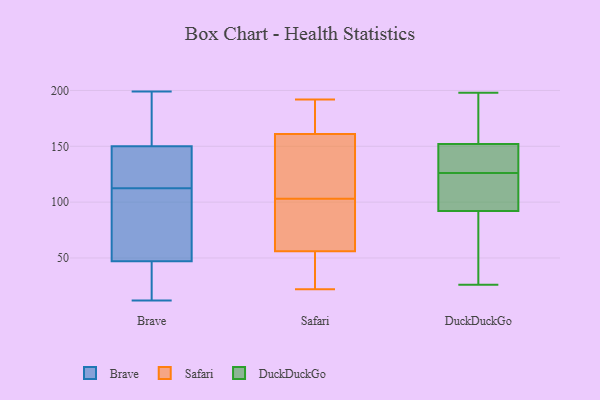
{"axis": {"x": "Revenue (USD Million)", "y": "Value"}, "legend": ["Brave", "DuckDuckGo", "Safari"], "data": [{"x": "", "y": 188, "type": "Brave"}, {"x": "", "y": 117, "type": "Brave"}, {"x": "", "y": 123, "type": "Brave"}, {"x": "", "y": 162, "type": "Brave"}, {"x": "", "y": 161, "type": "Brave"}, {"x": "", "y": 72, "type": "Brave"}, {"x": "", "y": 53, "type": "Brave"}, {"x": "", "y": 196, "type": "Brave"}, {"x": "", "y": 33, "type": "Brave"}, {"x": "", "y": 108, "type": "Brave"}, {"x": "", "y": 139, "type": "Brave"}, {"x": "", "y": 34, "type": "Brave"}, {"x": "", "y": 126, "type": "Brave"}, {"x": "", "y": 12, "type": "Brave"}, {"x": "", "y": 45, "type": "Brave"}, {"x": "", "y": 199, "type": "Brave"}, {"x": "", "y": 49, "type": "Brave"}, {"x": "", "y": 136, "type": "Brave"}, {"x": "", "y": 69, "type": "Brave"}, {"x": "", "y": 36, "type": "Brave"}, {"x": "", "y": 63, "type": "Safari"}, {"x": "", "y": 192, "type": "Safari"}, {"x": "", "y": 183, "type": "Safari"}, {"x": "", "y": 22, "type": "Safari"}, {"x": "", "y": 76, "type": "Safari"}, {"x": "", "y": 151, "type": "Safari"}, {"x": "", "y": 161, "type": "Safari"}, {"x": "", "y": 156, "type": "Safari"}, {"x": "", "y": 24, "type": "Safari"}, {"x": "", "y": 175, "type": "Safari"}, {"x": "", "y": 169, "type": "Safari"}, {"x": "", "y": 78, "type": "Safari"}, {"x": "", "y": 95, "type": "Safari"}, {"x": "", "y": 56, "type": "Safari"}, {"x": "", "y": 142, "type": "Safari"}, {"x": "", "y": 26, "type": "Safari"}, {"x": "", "y": 111, "type": "Safari"}, {"x": "", "y": 42, "type": "Safari"}, {"x": "", "y": 152, "type": "DuckDuckGo"}, {"x": "", "y": 92, "type": "DuckDuckGo"}, {"x": "", "y": 136, "type": "DuckDuckGo"}, {"x": "", "y": 124, "type": "DuckDuckGo"}, {"x": "", "y": 152, "type": "DuckDuckGo"}, {"x": "", "y": 99, "type": "DuckDuckGo"}, {"x": "", "y": 101, "type": "DuckDuckGo"}, {"x": "", "y": 136, "type": "DuckDuckGo"}, {"x": "", "y": 67, "type": "DuckDuckGo"}, {"x": "", "y": 198, "type": "DuckDuckGo"}, {"x": "", "y": 72, "type": "DuckDuckGo"}, {"x": "", "y": 195, "type": "DuckDuckGo"}, {"x": "", "y": 128, "type": "DuckDuckGo"}, {"x": "", "y": 26, "type": "DuckDuckGo"}]}